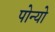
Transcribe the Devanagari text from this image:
पोन्यो